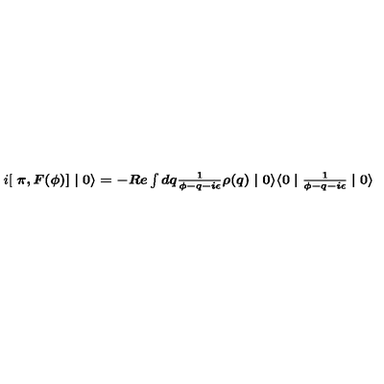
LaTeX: i [ \textup { \boldmath \pi } , F ( \phi ) ] \mid 0 \rangle = - R e \int d q \frac { 1 } { \phi - q - i \epsilon } \rho ( q ) \mid 0 \rangle \langle 0 \mid \frac { 1 } { \phi - q - i \epsilon } \mid 0 \rangle